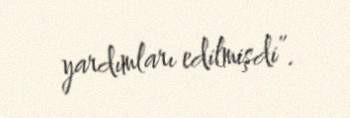
yardımları edilmişdi”.